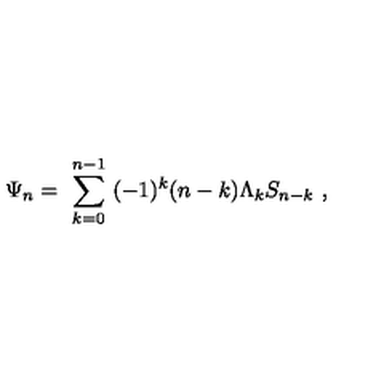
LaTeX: \Psi _ { n } = \ \sum _ { k = 0 } ^ { n - 1 } \ ( - 1 ) ^ { k } ( n - k ) \Lambda _ { k } S _ { n - k } \ ,